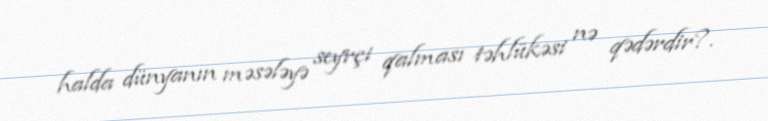
halda dünyanın məsələyə seyrçi qalması təhlükəsi nə qədərdir?.